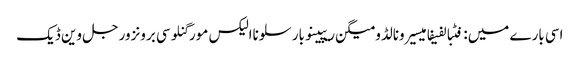
اسی بارے میں: فٹبالفیفامیسیرونالڈومیگن ریپینوبارسلوناالیکس مورگنلوسی برونزورجل وین ڈیک